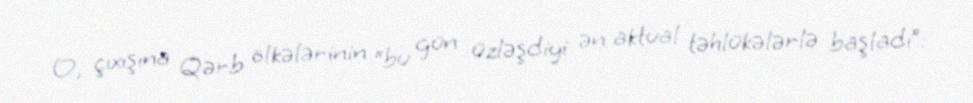
O, çıxışına Qərb ölkələrinin “bu gün üzləşdiyi ən aktual təhlükələrlə başladı”: